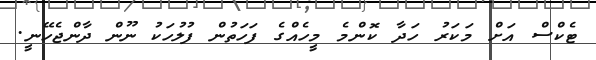
ޓެކްސް އަށް މަކަރު ހަދާ ކޮންމެ މީހެއްގެ ފަހަތުން ފުލުހަކު ނޫން ދާންޖެހޭނީ.